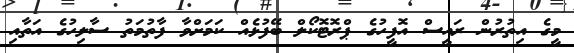
މީގެ އިތުރުން ރައީސް އޮފީހުގެ ޕްރޮޓޮކޯލް ބޭފުޅެއް ކަމަށްވާ ފާތުމަތު ސާލިހުގެ އަތާއި